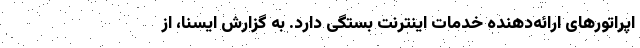
اپراتورهای ارائه‌دهنده خدمات اینترنت بستگی دارد. به گزارش ایسنا، از